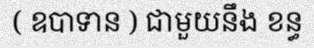
( ឧបាទាន ) ជាមួយនឹង ខន្ធ